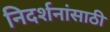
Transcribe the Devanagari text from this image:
निदर्शनांसाठी